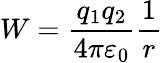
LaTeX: W={\frac{q_{1}q_{2}}{4\pi\varepsilon_{0}}}{\frac{1}{r}}